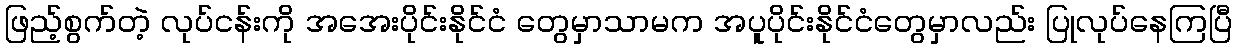
ဖြည့်စွက်တဲ့ လုပ်ငန်းကို အအေးပိုင်းနိုင်ငံ တွေမှာသာမက အပူပိုင်းနိုင်ငံတွေမှာလည်း ပြုလုပ်နေကြပြီ